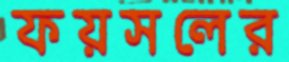
ফয়সলের